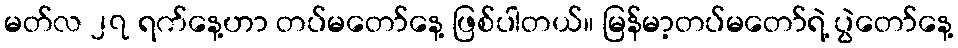
မတ်လ ၂၇ ရက်နေ့ဟာ တပ်မတော်နေ့ ဖြစ်ပါတယ်။ မြန်မာ့တပ်မတော်ရဲ့ ပွဲတော်နေ့